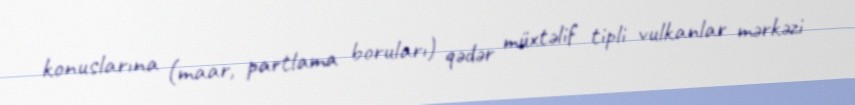
konuslarına (maar, partlama boruları) qədər müxtəlif tipli vulkanlar mərkəzi